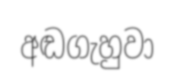
අඬගැහුවා